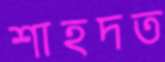
শাহদত